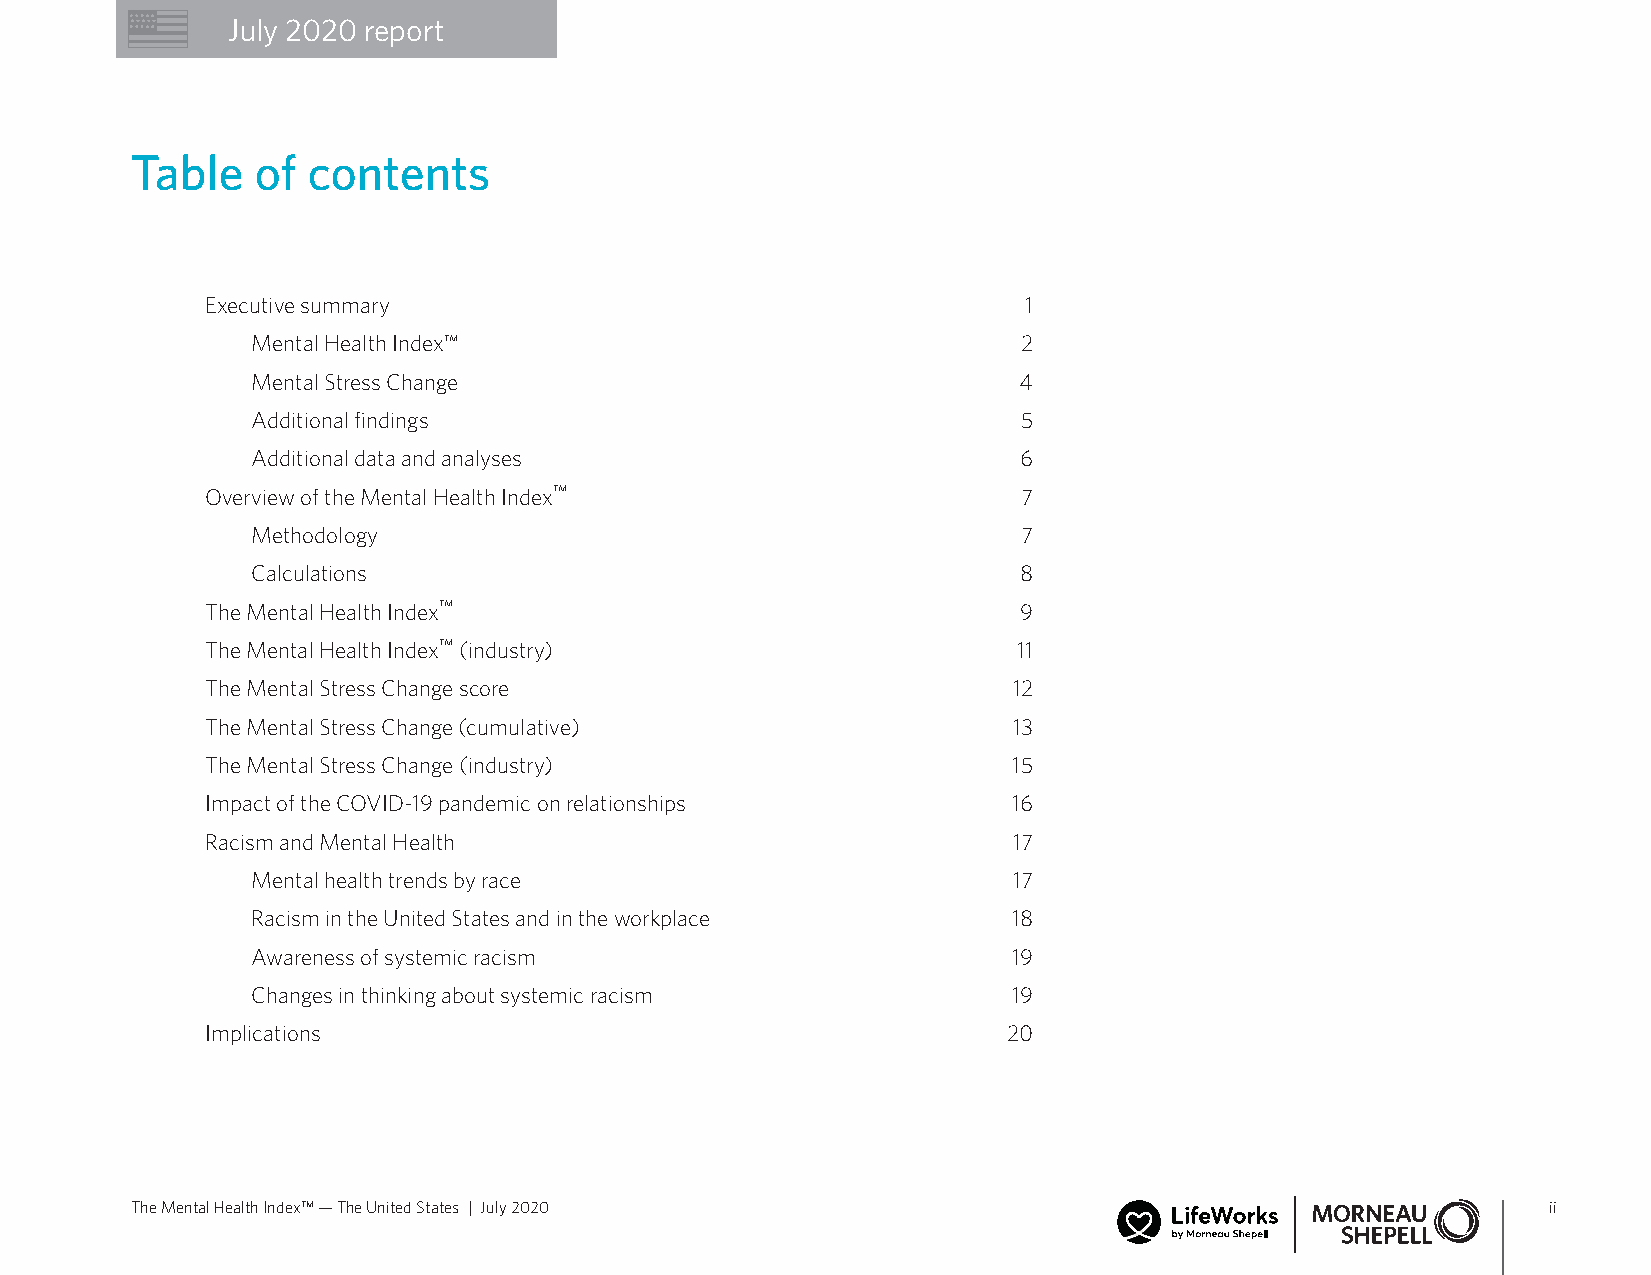
July 2020 report
 Table   of contents
 Executive summary                                     1
 Mental Health Index™                               2
 Mental Stress Change                              4
 Additional findings                                5
 Additional data and analyses                      6
 Overview of the Mental Health Index™                  7
 Methodology                                        7
 Calculations                                      8
 The Mental Health Index™                             9
 The Mental Health Index™ (industry)                  11
 The Mental Stress Change score                       12
 The Mental Stress Change (cumulative)                13
 The Mental Stress Change (industry)                  15
 Impact of the COVID-19 pandemic on relationships     16
 Racism and Mental Health                             17
 Mental health trends by race                      17
 Racism in the United States and in the workplace  18
 Awareness of systemic racism                      19
 Changes in thinking about systemic racism         19
 Implications                                         20
 The Mental Health Index™ — The United States | July 2020                                      ii